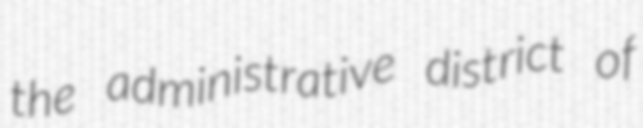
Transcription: the administrative district of